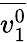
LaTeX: \overline{{v_{1}^{0}}}